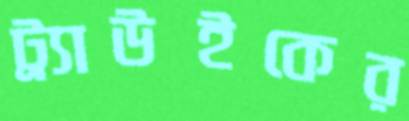
ট্র্যাউইকের